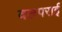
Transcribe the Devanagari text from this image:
वलपराई